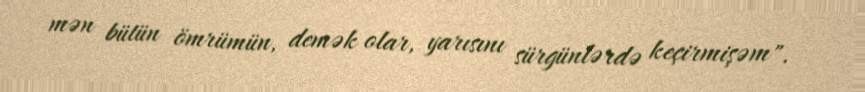
mən bütün ömrümün, demək olar, yarısını sürgünlərdə keçirmişəm".